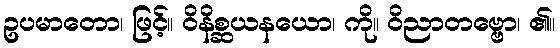
ဥပမာတော၊ ဖြင့်။ ဝိနိစ္ဆယနယော၊ ကို။ ဝိညာတဗ္ဗော၊ ၏။